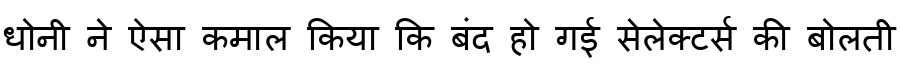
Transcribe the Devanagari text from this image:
धोनी ने ऐसा कमाल किया कि बंद हो गई सेलेक्टर्स की बोलती